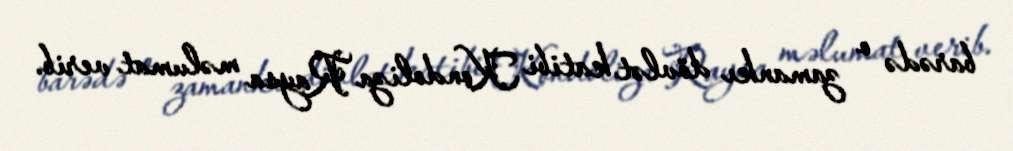
barədə o zamankı dövlət katibi Kondoliza Raysa məlumat verib.